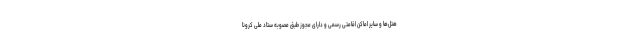
هتل‌ها و سایر اماکن اقامتی رسمی و دارای مجوز طبق مصوبه ستاد ملی کرونا